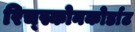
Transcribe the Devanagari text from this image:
रिच्स्कोनकोर्डाट